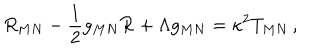
R _ { M N } - { \frac { 1 } { 2 } } g _ { M N } { \cal R } + \Lambda g _ { M N } = \kappa ^ { 2 } T _ { M N } \, ,